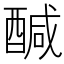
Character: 醎